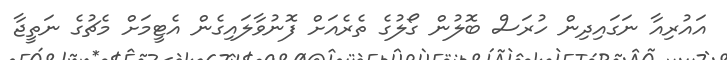
އައުރިއާ ނަގައިދިން ހުރަސް ބޮލުން ގޯލުގެ ތެރެއަށް ފޮނުވާލައިގެން އެޓީމަށް މެޗުގެ ނަތީޖާ